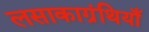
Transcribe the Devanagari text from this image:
लसाकाग्रंथियाँ